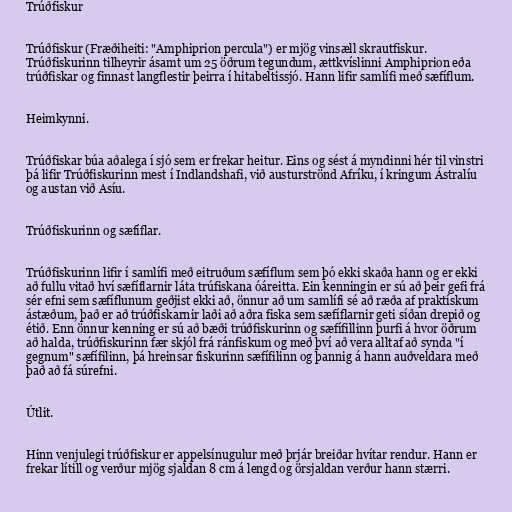
Trúðfiskur

Trúðfiskur (Fræðiheiti: "Amphiprion percula") er mjög vinsæll skrautfiskur.
Trúðfiskurinn tilheyrir ásamt um 25 öðrum tegundum, ættkvíslinni Amphiprion eða
trúðfiskar og finnast langflestir þeirra í hitabeltissjó. Hann lifir samlífi með sæfíflum.

Heimkynni.

Trúðfiskar búa aðalega í sjó sem er frekar heitur. Eins og sést á myndinni hér til vinstri
þá lifir Trúðfiskurinn mest í Indlandshafi, við austurströnd Afríku, í kringum Ástralíu
og austan við Asíu.

Trúðfiskurinn og sæfíflar.

Trúðfiskurinn lifir í samlífi með eitruðum sæfíflum sem þó ekki skaða hann og er ekki
að fullu vitað hví sæfíflarnir láta trúfiskana óáreitta. Ein kenningin er sú að þeir gefi frá
sér efni sem sæfíflunum geðjist ekki að, önnur að um samlífi sé að ræða af praktískum
ástæðum, það er að trúðfiskarnir laði að aðra fiska sem sæfíflarnir geti síðan drepið og
étið. Enn önnur kenning er sú að bæði trúðfiskurinn og sæfífillinn þurfi á hvor öðrum
að halda, trúðfiskurinn fær skjól frá ránfiskum og með því að vera alltaf að synda "í
gegnum" sæfífilinn, þá hreinsar fiskurinn sæfífilinn og þannig á hann auðveldara með
það að fá súrefni.

Útlit.

Hinn venjulegi trúðfiskur er appelsínugulur með þrjár breiðar hvítar rendur. Hann er
frekar lítill og verður mjög sjaldan 8 cm á lengd og örsjaldan verður hann stærri.